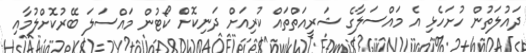
ދައުލަތުން ހުށަހެޅި އެ މައްސަލާގެ ޝަރީއަތްތައް ކުރިއަށް ދަނިކޮށް ކޯޓުން މައްސަލަ ބޭރުކޮށްލުމާއި